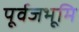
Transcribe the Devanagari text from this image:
पूर्वजभूमि